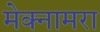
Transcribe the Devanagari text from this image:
मेक्नामरा